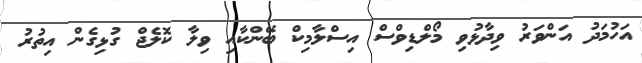
އަހުމަދު އަންވަރު ވިދާޅުވި މޯލްޑިވްސް އިސްލާމިކް ބޭންކާއި ވިލާ ކޮލެޖް ގުޅިގެން އިތުރު